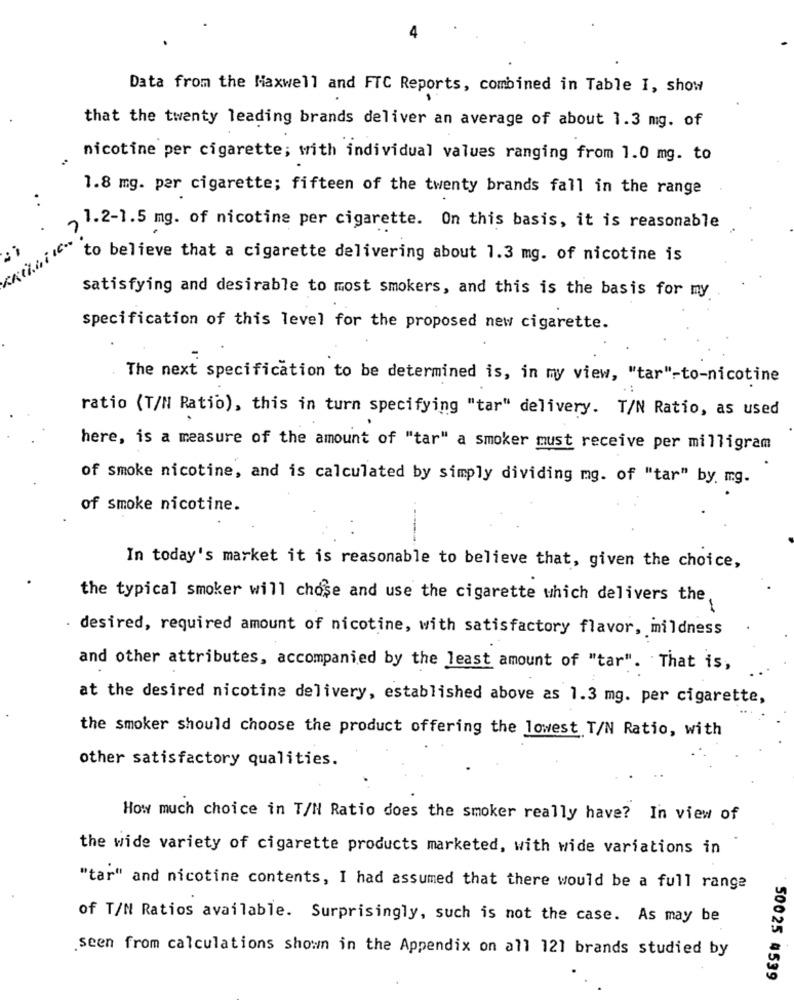
Data from the Maxwell and FTC Reports, combined in Table I, show
that the twenty leading brands deliver an average of about 1.3 mg. of
nicotine per cigarette; with individual values ranging from 1.0 mg. to
1.8 mg. per cigarette; fifteen of the twenty brands fall in the range
. .
1.2-1.5 mg. of nicotine per cigarette. On this basis, it is reasonable
to believe that a cigarette delivering about 1.3 mg. of nicotine is
satisfying and desirable to most smokers, and this is the basis for my
specification of this level for the proposed new cigarette.
The next specification to be determined is, in my view, "tar"-to-nicotine
ratio (T/N Ratio), this in turn specifying "tar" delivery. T/N Ratio, as used
here, is a measure of the amount of "tar" a smoker must receive per milligram
of smoke nicotine, and is calculated by simply dividing mg. of "tar" by mg.
of smoke nicotine.
In today's market it is reasonable to believe that, given the choice,
the typical smoker will chose and use the cigarette which delivers the
desired, required amount of nicotine, with satisfactory flavor, mildness
and other attributes, accompanied by the least amount of "tar". That is,
at the desired nicotine delivery, established above as 1.3 mg. per cigarette,
the smoker should choose the product offering the lowest T/N Ratio, with
other satisfactory qualities.
How much choice in T/N Ratio does the smoker really have? In view of
the wide variety of cigarette products marketed, with wide variations in
"tar" and nicotine contents, I had assumed that there would be a full range
of T/N Ratios available. Surprisingly, such is not the case. As may be
seen from calculations shown in the Appendix on all 121 brands studied by
50025 4539